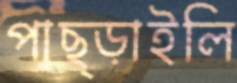
পাছ্‌ড়াইলি